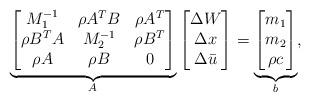
LaTeX: \begin{align*}\underbrace{\begin{bmatrix} M_1^{-1} & \rho A^TB & \rho A^T \\ \rho B^TA& M_2^{-1}& \rho B^T\\\rho A & \rho B & 0 \end{bmatrix}}_{A_{}^{}}\begin{bmatrix} \Delta W \\ \Delta x \\ \Delta \bar{u}\end{bmatrix} =\underbrace{\begin{bmatrix}m_1 \\ m_2\\\rho c\end{bmatrix}}_{b_{}^{}},\end{align*}